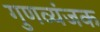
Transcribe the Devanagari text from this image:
गुणव्यंजक